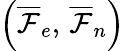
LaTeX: \left(\overline{\mathcal{F}}_{e},\, \overline{\mathcal{F}}_{n}\right)